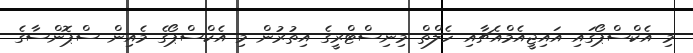
މި އެކްސްޕޯގައި އައިޖީއެމްއެޗާއި ހެލްތް މިނިސްޓްރީގެ އިތުރުން މި އެކްސްޕޯގެ މެއިން ސްޕޮންސާގެ